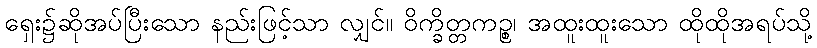
ရှေး၌ဆိုအပ်ပြီးသော နည်းဖြင့်သာ လျှင်။ ဝိက္ခိတ္တကဉ္စ၊ အထူးထူးသော ထိုထိုအရပ်သို့